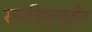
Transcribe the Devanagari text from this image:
समविषुववृतीय